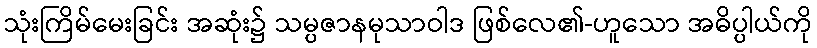
သုံးကြိမ်မေးခြင်း အဆုံး၌ သမ္ပဇာနမုသာဝါဒ ဖြစ်လေ၏-ဟူသော အဓိပ္ပါယ်ကို